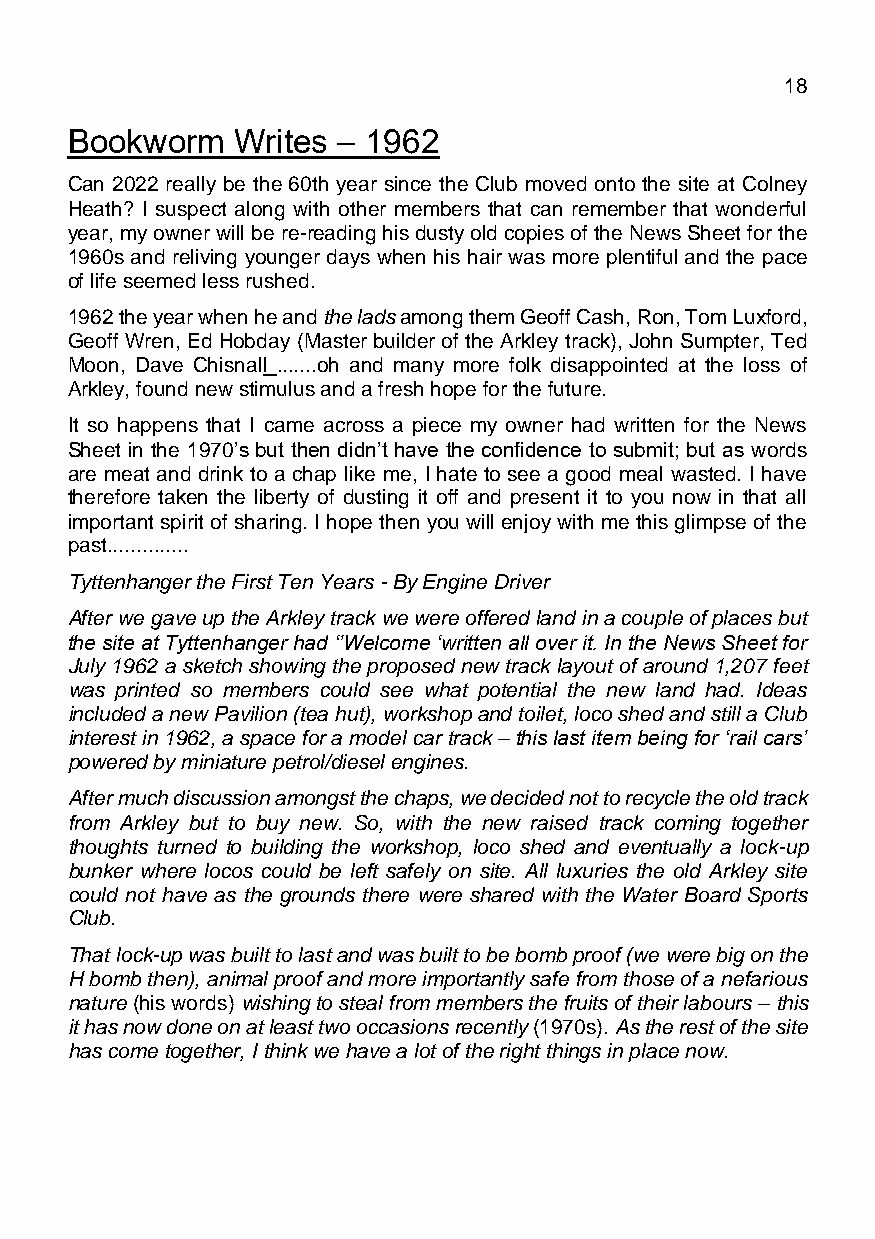
March 2021                                  Page 18
 Bookworm    Writes – 1962
 Can 2022 really be the 60th year since the Club moved onto the site at Colney
 Heath? I suspect along with other members that can remember that wonderful
 year, my owner will be re-reading his dusty old copies of the News Sheet for the
 1960s and reliving younger days when his hair was more plentiful and the pace
 of life seemed less rushed.
 1962 the year when he and the lads among them Geoff Cash, Ron, Tom Luxford,
 Geoff Wren, Ed Hobday (Master builder of the Arkley track), John Sumpter, Ted
 Moon, Dave Chisnall .......oh and many more folk disappointed at the loss of
 Arkley, found new stimulus and a fresh hope for the future.
 It so happens that I came across a piece my owner had written for the News
 Sheet in the 1970’s but then didn’t have the confidence to submit; but as words
 are meat and drink to a chap like me, I hate to see a good meal wasted. I have
 therefore taken the liberty of dusting it off and present it to you now in that all
 important spirit of sharing. I hope then you will enjoy with me this glimpse of the
 past..............
 Tyttenhanger the First Ten Years - By Engine Driver
 After we gave up the Arkley track we were offered land in a couple of places but
 the site at Tyttenhanger had ‘’Welcome ‘written all over it. In the News Sheet for
 July 1962 a sketch showing the proposed new track layout of around 1,207 feet
 was printed so members could see what potential the new land had. Ideas
 included a new Pavilion (tea hut), workshop and toilet, loco shed and still a Club
 interest in 1962, a space for a model car track – this last item being for ‘rail cars’
 powered by miniature petrol/diesel engines.
 After much discussion amongst the chaps, we decided not to recycle the old track
 from Arkley but to buy new. So, with the new raised track coming together
 thoughts turned to building the workshop, loco shed and eventually a lock-up
 bunker where locos could be left safely on site. All luxuries the old Arkley site
 could not have as the grounds there were shared with the Water Board Sports
 Club.
 That lock-up was built to last and was built to be bomb proof (we were big on the
 H bomb then), animal proof and more importantly safe from those of a nefarious
 nature (his words) wishing to steal from members the fruits of their labours – this
 it has now done on at least two occasions recently (1970s). As the rest of the site
 has come together, I think we have a lot of the right things in place now.